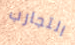
التجارب